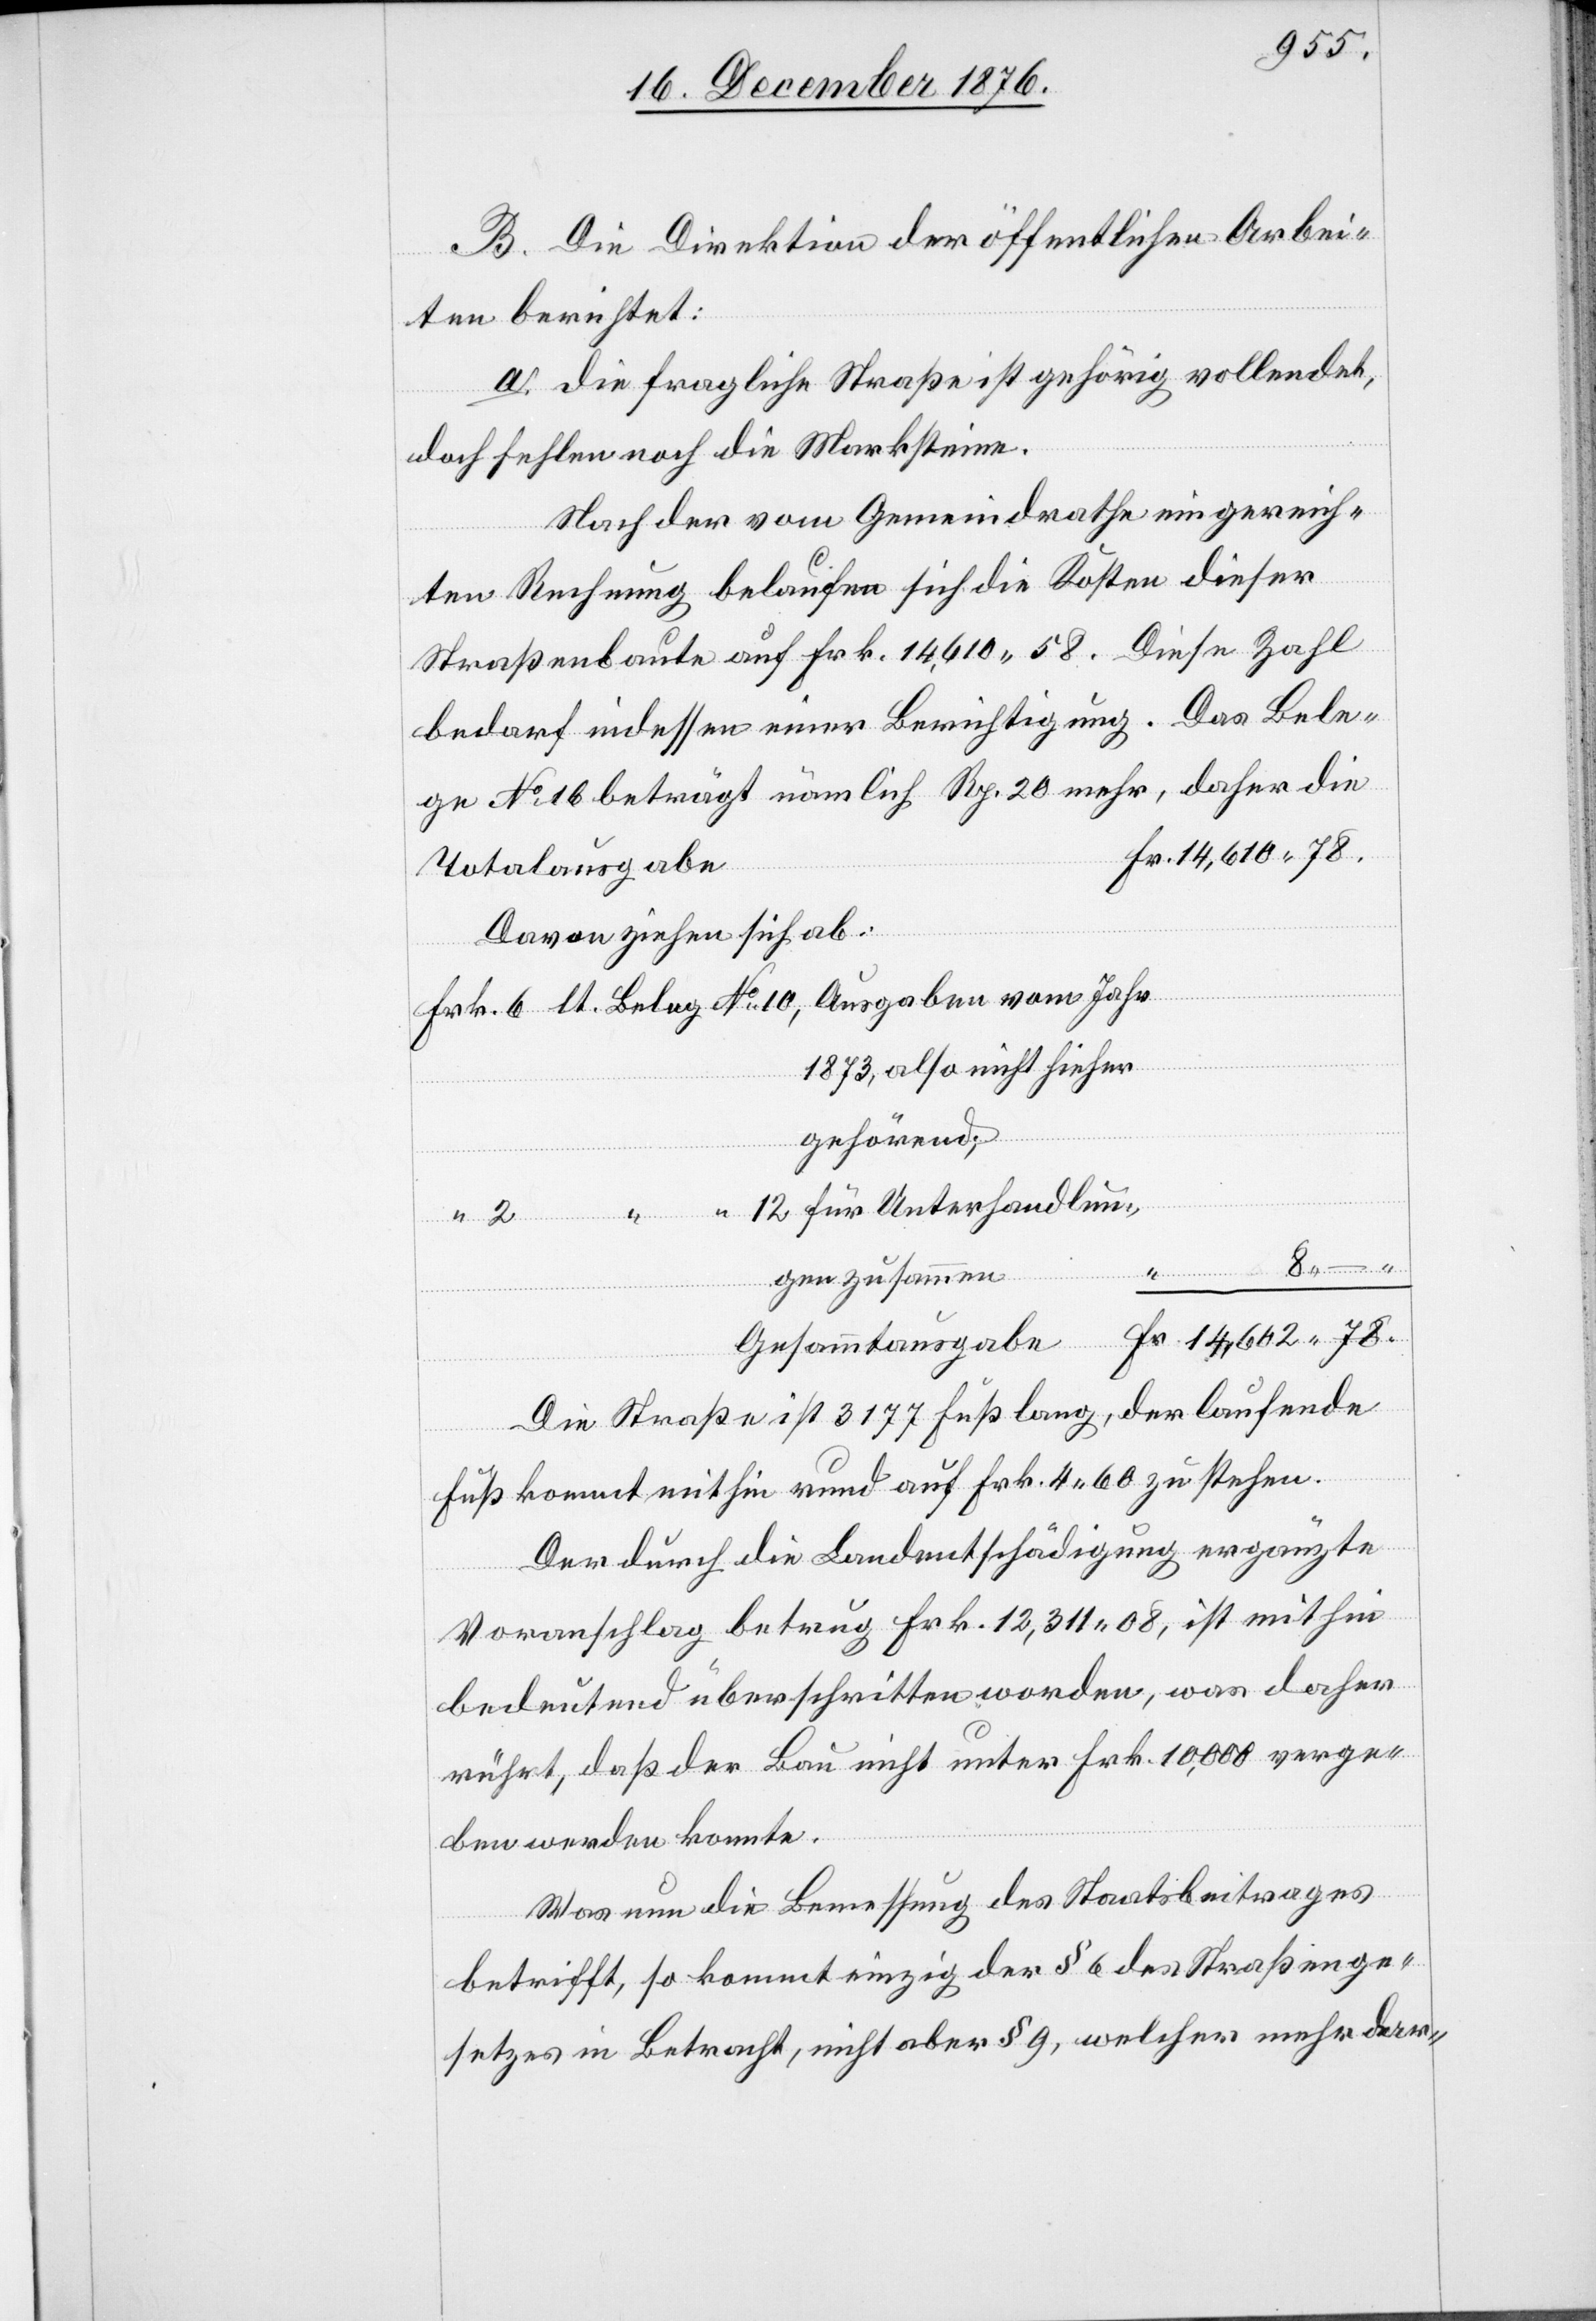
B. Die Direktion der öffentlichen Arbei¬
ten berichtet:
a. die fragliche Straße ist gehörig vollendet,
doch fehlen noch die Marksteine.
Nach der vom Gemeindrathe eingereich¬
ten Rechnung belaufen sich die Kosten dieser
Straßenbaute auf Frk. 14,610 58. Diese Zahl
bedarf indessen einer Berichtigung. Das Bele¬
ge No 16 beträgt nämlich Rp. 20 mehr, daher die
Totalausgabe
–
Davon ziehen sich ab
1873, also nicht hieher
gehörend;
Gesammtausgabe
vom Jahr
gen zusammen
Die Straße ist 3177 Fuß lang, der laufende
Fuß kommt mithin rund auf Frk. 4 60 zu stehen.
Der durch die Landentschädigung ergänzte
Voranschlag betrug Frk. 12,311 08, ist mithin
bedeutend überschritten worden, was daher
rührt, daß der Bau nicht unter Frk. 10,000 verge¬
ben werden konnte.
Was nun die Bemessung des Staatsbeitrages
betrifft, so kommt einzig der § 6 des Straßenge¬
setzes in Betracht, nicht aber § 9, welcher mehr dar-